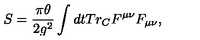
S = \frac { \pi \theta } { 2 g ^ { 2 } } \int d t T r _ { C } F ^ { \mu \nu } F _ { \mu \nu } ,